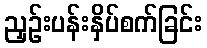
ညှဉ်းပန်းနှိပ်စက်ခြင်း